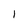
Character: l